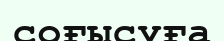
соғысуға